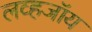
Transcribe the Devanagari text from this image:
लव्हजॉय